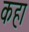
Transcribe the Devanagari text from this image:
कहा